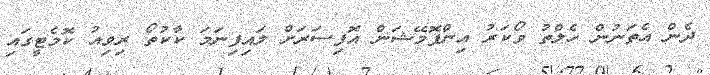
ދެން އެތަނުން ހެލްތު ވޯކަރު އިންފޮމޭޝަން އޮފިސަރަށް ލައިފިނަމަ ކާކުތޯ ރިވިއު ކޮމެޓީގައި